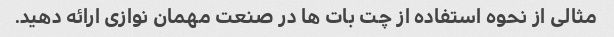
مثالی از نحوه استفاده از چت بات ها در صنعت مهمان نوازی ارائه دهید.